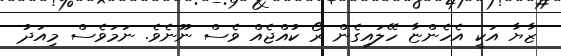
ޒާޔާ އަކީ އެހެންޏާ ހޭލައިގެން ރޯ ކުއްޖެއް ވެސް ނޫނެވެ. ނަމަވެސް މިއަދު